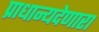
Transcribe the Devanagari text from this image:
प्राधान्यदेणारा